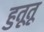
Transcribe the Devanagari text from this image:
हुतूतू